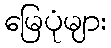
မြေပုံများ